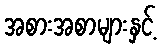
အစားအစာများနှင့်